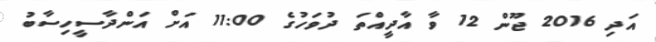
އަދި 2016 ޖޫން 12 ވާ އާދީއްތަ ދުވަހުގެ 11:00 އަށް އަންދާސީހިސާބު